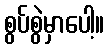
စွပ်စွဲမှာပေါ့။